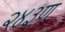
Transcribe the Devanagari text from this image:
२४३ण